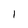
Character: l